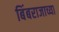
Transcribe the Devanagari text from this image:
बिंबराजाच्या